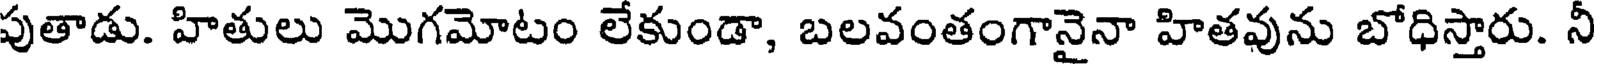
పుతాడు. హితులు మొగమోటం లేకుండా, బలవంతంగానైనా హితవును బోధిస్తారు. నీ